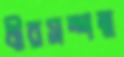
ধীরসম্পন্ন